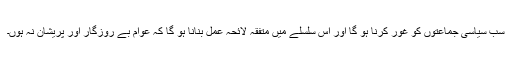
سب سیاسی جماعتوں کو غور کرنا ہو گا اور اس سلسلے میں متفقہ لائحہ عمل بنانا ہو گا کہ عوام بے روزگار اور پریشان نہ ہوں۔